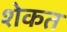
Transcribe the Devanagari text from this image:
शेकत